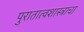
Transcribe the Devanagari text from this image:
पुरातात्वशास्त्राचा